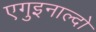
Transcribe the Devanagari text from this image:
एगुइनाल्दो